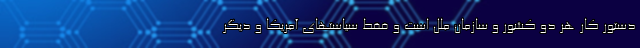
دستور کار هر دو کشور و سازمان ملل است و فقط سیاستهای آمریکا و دیگر